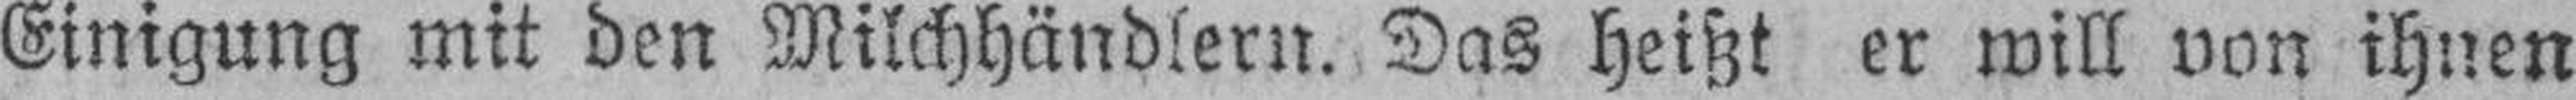
Einigung mit den Milchhändlern. Das heißt er will von ihnen